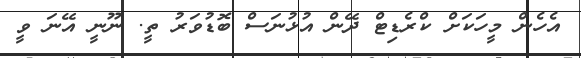
އެހެން މީހަކަށް ކްރެޑިޓް ދޭން އުޅުނަސް ބޮޑުވަރު ތީ. ނޫނީ އޭނަ ވީ